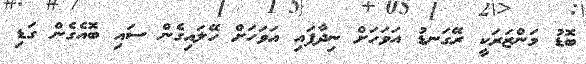
ބޮޑު މަންޒަރަކީ ރޭގަނޑު އަވަހަށް ނިދާފައި އަވަހަށް ހޭލައިގެން ސައި ބޮއެގެން ގަޑި